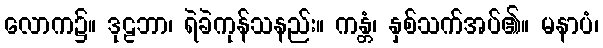
လောက၌။ ဒုဠဘာ၊ ရဲခဲကုန်သနည်း။ ကန္တံ၊ နှစ်သက်အပ်၏။ မနာပံ၊